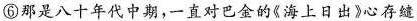
⑥那是八十年代中期，一直对金的《海上日出》心存缱